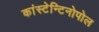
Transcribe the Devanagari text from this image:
कांस्टेन्टिनोपोल